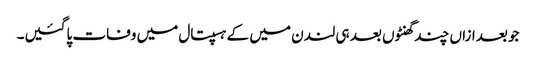
جو بعدازاں چند گھنٹوں بعد ہی لندن میں کے ہسپتال میں وفات پاگئیں۔